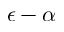
\epsilon - \alpha